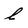
Character: l